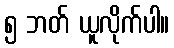
၅ ဘတ် ယူလိုက်ပါ။